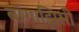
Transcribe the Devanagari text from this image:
बॉगाझिसी